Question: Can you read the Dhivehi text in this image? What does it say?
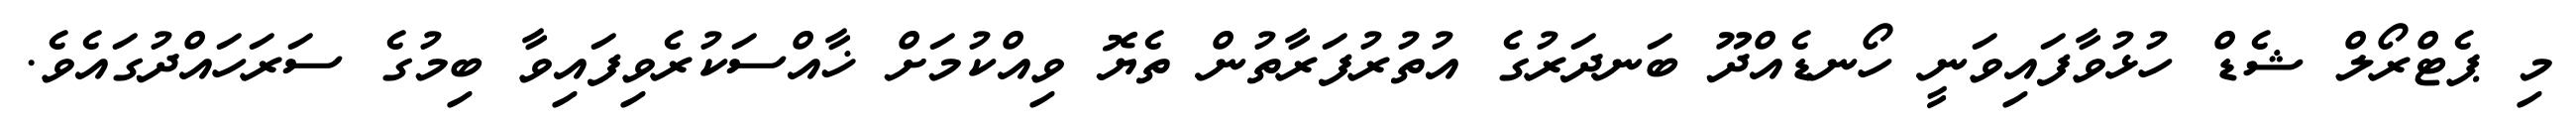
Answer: މި ޕެޓްރޯލް ޝެޑް ހުޅުވާފައިވަނީ ހޯނޑެއްދޫ ބަނދަރުގެ އުތުރުފަރާތުން ތެޔޮ ވިއްކުމަށް ޚާއްސަކުރެވިފައިވާ ބިމުގެ ސަރަހައްދުގައެވެ.